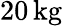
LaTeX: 20\, \mathrm{kg}